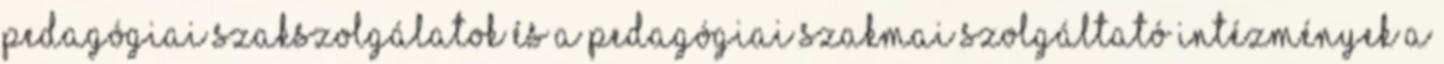
pedagógiai szakszolgálatok és a pedagógiai szakmai szolgáltató intézmények a